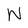
Character: N